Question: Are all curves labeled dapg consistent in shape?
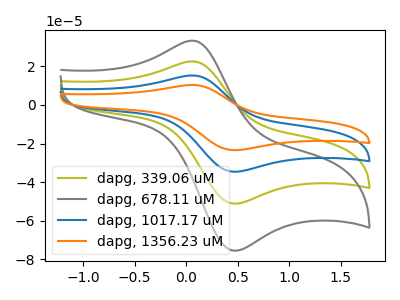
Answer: <think>The olive curve "dapg, 339.06 uM" has an anodic peak at (0.05V, 22.50uA) and a cathodic peak at (0.45V, -51.05uA). The gray curve "dapg, 678.11 uM" has an anodic peak at (0.05V, 33.25uA) and a cathodic peak at (0.45V, -75.45uA). The blue curve "dapg, 1017.17 uM" has an anodic peak at (0.05V, 45.00uA) and a cathodic peak at (0.45V, -102.15uA). The orange curve "dapg, 1356.23 uM" has an anodic peak at (0.05V, 67.55uA) and a cathodic peak at (0.45V, -153.20uA).
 All the peaks in "dapg, 339.06 uM" have a peak in "dapg, 678.11 uM" at the same potential. Every peak in "dapg, 339.06 uM" is lower than every peak in "dapg, 678.11 uM". All the peaks in "dapg, 339.06 uM" have a peak in "dapg, 1017.17 uM" at the same potential. Every peak in "dapg, 339.06 uM" is lower than every peak in "dapg, 1017.17 uM". All the peaks in "dapg, 339.06 uM" have a peak in "dapg, 1356.23 uM" at the same potential. Every peak in "dapg, 339.06 uM" is lower than every peak in "dapg, 1356.23 uM". All the peaks in "dapg, 678.11 uM" have a peak in "dapg, 1017.17 uM" at the same potential. Every peak in "dapg, 678.11 uM" is lower than every peak in "dapg, 1017.17 uM". All the peaks in "dapg, 678.11 uM" have a peak in "dapg, 1356.23 uM" at the same potential. Every peak in "dapg, 678.11 uM" is lower than every peak in "dapg, 1356.23 uM". All the peaks in "dapg, 1017.17 uM" have a peak in "dapg, 1356.23 uM" at the same potential. Every peak in "dapg, 1017.17 uM" is lower than every peak in "dapg, 1356.23 uM".</think>
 <answer>All the CV's of "dapg" have similar shape.</answer>
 <eval>follow_rule</eval>